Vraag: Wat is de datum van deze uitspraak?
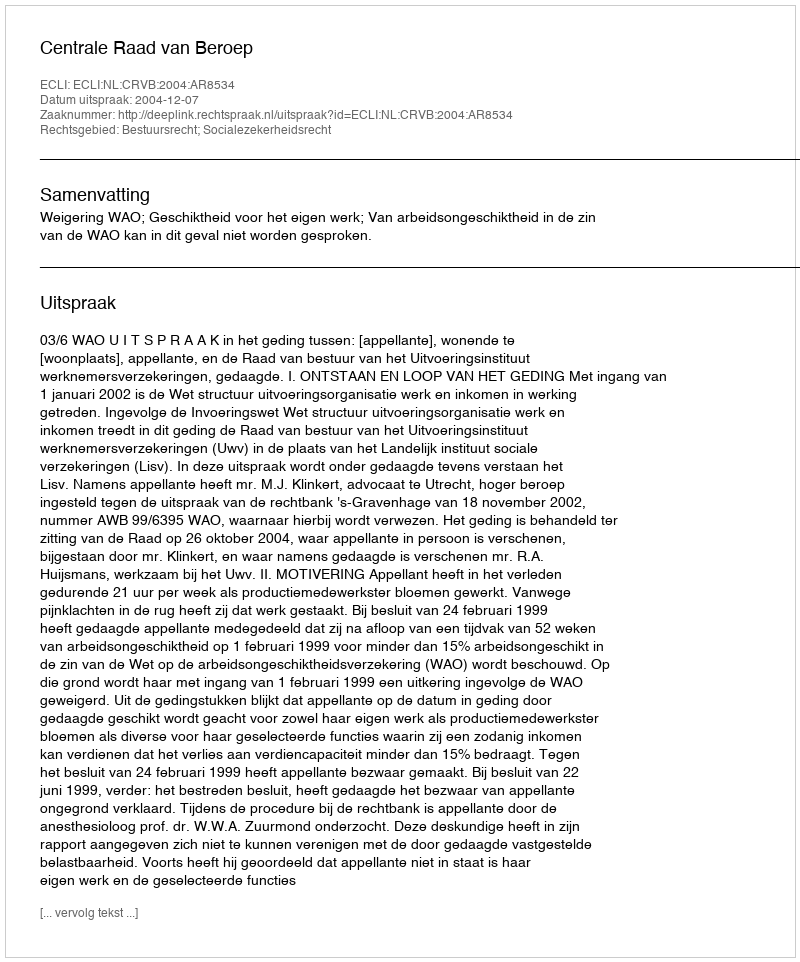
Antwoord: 2004-12-07